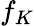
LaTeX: f_{K}